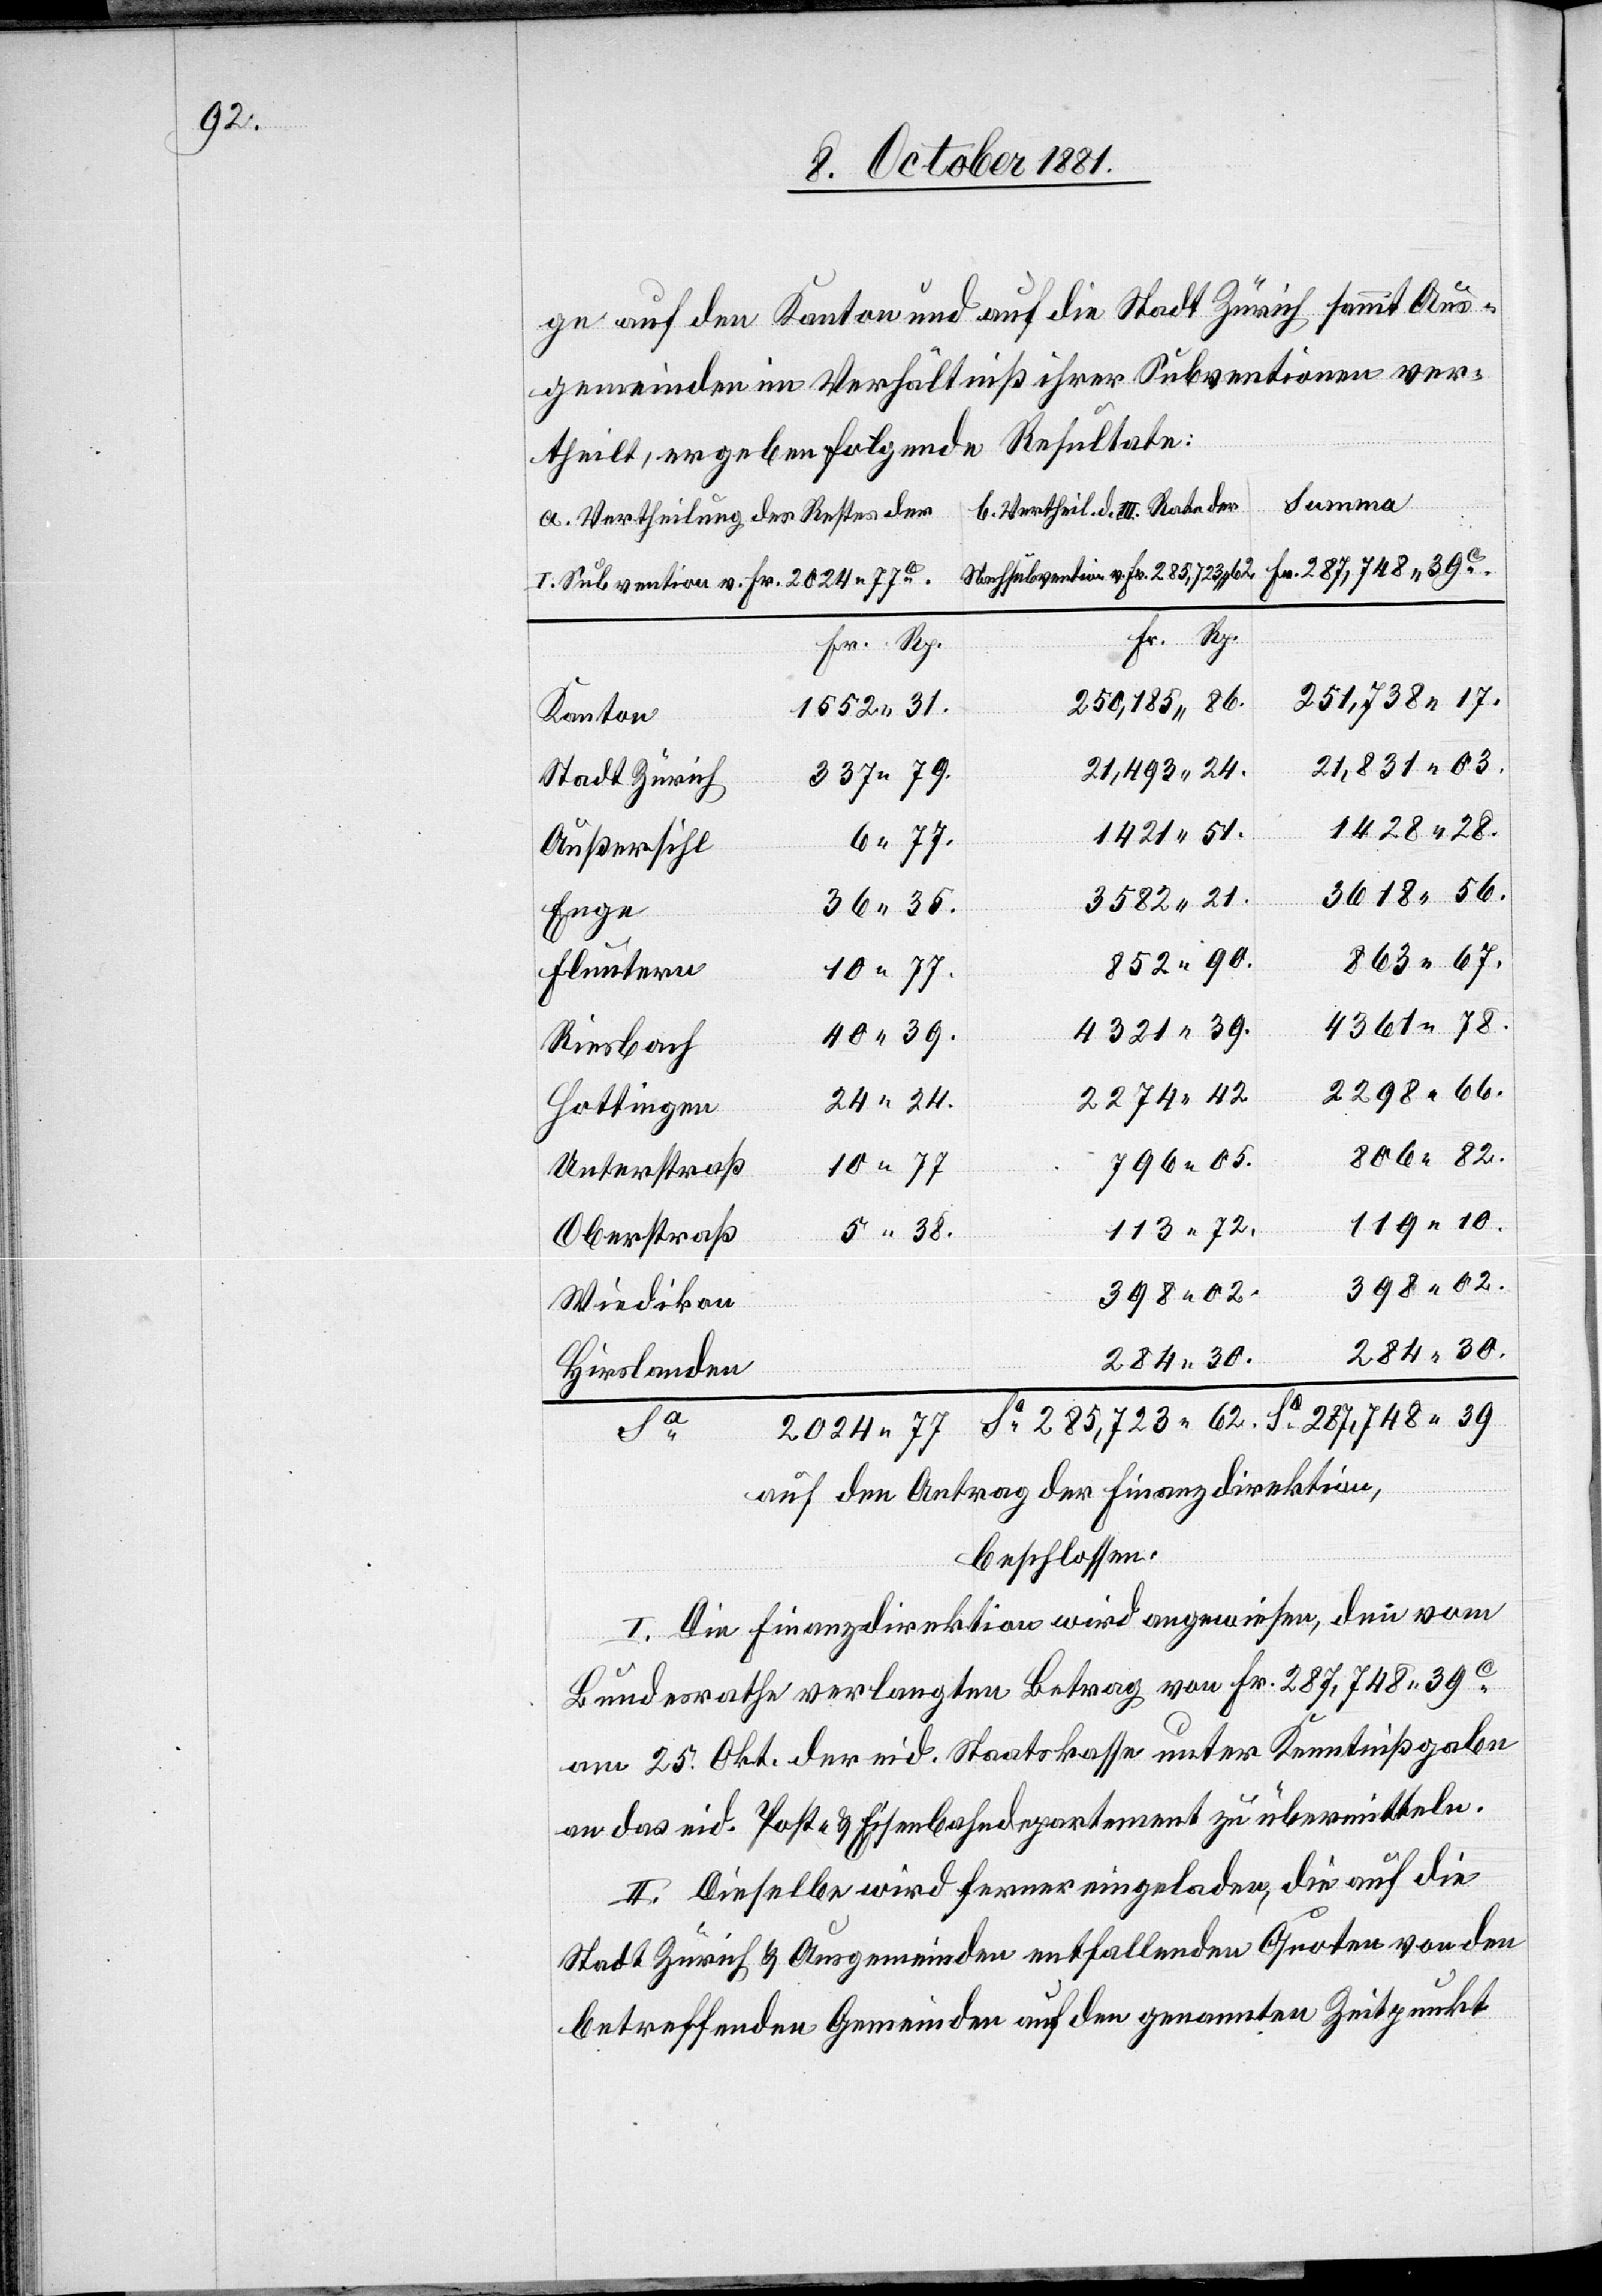
62.

ge auf den Kanton und auf die Stadt Zürich sammt Aus¬
gemeinden im Verhältniß ihrer Subventionen ver¬
theilt, ergeben folgende Resultate:
Summa
b. Vertheil. d. III. Rate der
a. Vertheilung des Restes der
Sa 287,748 39
Nachsubvention v. Fr. 258,723 62.
I. Subvention v. Fr. 2024 77C.
Fr. Rp.
251,738 17.
250,185 86.
Kanton
21,831 03.
21,493 24.
337 79.
Stadt Zürich
1428 28.
1421 51.
6 77.
Außersihl
3618 56.
3582 21.
35.
36
Enge
863 67.
852 90.
Fluntern
10 77.
4361 78.
4321 39.
40 39.
Riesbach
2298 66.
24 24.
Hottingen
806 82.
796 05.
2024 77
Unterstraß
119 10.
113 72.
5 38.
Oberstraß
398 02.
Wiedikon
284 30.
Hirslanden
auf den Antrag der Finanzdirektion,
beschlossen:
I. Die Finanzdirektion wird angewiesen, den vom
Bundesrathe verlangten Betrag von Fr. 287,748 39C
am 25. Okt. der eid. Staatskasse unter Kenntnißgabe
an das eid. Post- & Eisenbahndepartement zu übermitteln.
II. Dieselbe wird ferner eingeladen, die auf die
Stadt Zürich & Ausgemeinden entfallenden Quoten von den
betreffenden Gemeinden auf den genannten Zeitpunkt